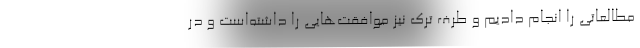
مطالعاتی را انجام دادیم و طرف ترک نیز موافقت‌هایی را داشته‌است و در